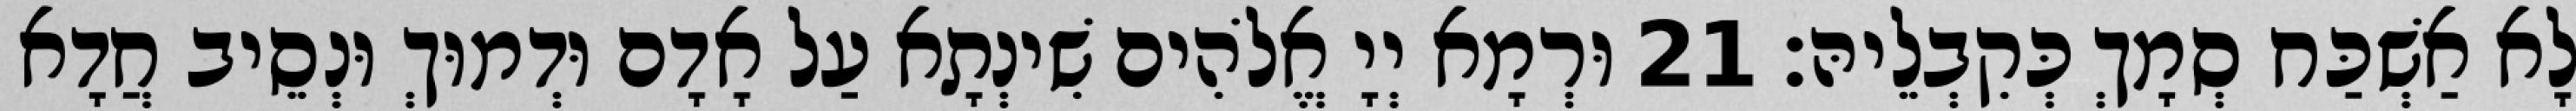
לָא אַשְׁכַּח סְמָךְ כְּקִבְלֵיהּ׃ 21 וּרְמָא יְיָ אֱלֹהִים שִׁינְתָא עַל אָדָם וּדְמוּךְ וּנְסֵיב חֲדָא